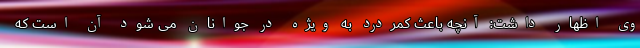
وی اظهار داشت: آنچه باعث کمردرد به ویژه در جوانان می شود آن است که